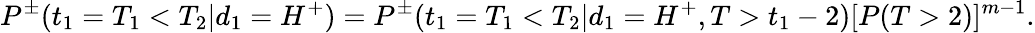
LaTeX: P^{\pm}(t_{1}=T_{1}<T_{2}|d_{1}=H^{+})=P^{\pm}(t_{1}=T_{1}<T_{2}|d_{1}=H^{+},T>t_{1}-2)[P(T>2)]^{m-1}.